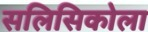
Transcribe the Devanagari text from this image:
सलिसिकोला